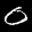
Label: 0